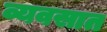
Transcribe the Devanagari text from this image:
व्यवसात